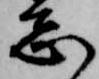
志